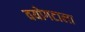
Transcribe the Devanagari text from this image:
वयोगटाला